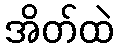
အိတ်ထဲ